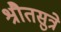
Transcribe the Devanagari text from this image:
श्रौतसुत्रे